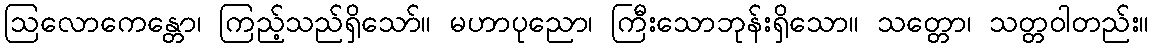
ဩလောကေန္တော၊ ကြည့်သည်ရှိသော်။ မဟာပုညော၊ ကြီးသောဘုန်းရှိသော။ သတ္တော၊ သတ္တဝါတည်း။